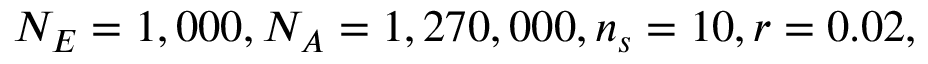
N _ { E } = 1 , 0 0 0 , N _ { A } = 1 , 2 7 0 , 0 0 0 , n _ { s } = 1 0 , r = 0 . 0 2 ,